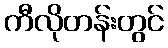
ကီလိုတန်းတွင်